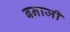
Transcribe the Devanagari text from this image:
बनाजी